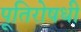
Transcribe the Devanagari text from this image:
पूतिरोषधी